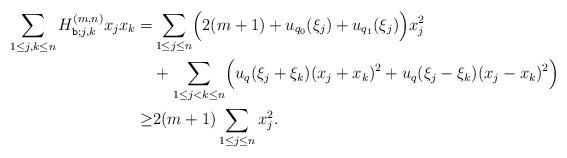
LaTeX: \begin{align*}\sum_{1\leq j,k\leq n} H^{(m,n)}_{\texttt{b};j,k} x_j x_k = & \sum_{1\leq j\leq n} \Bigl( 2(m+1)+ u_{q_0}(\xi_j) + u_{q_1}(\xi_j)\Bigr) x_j^2 \\&+ \sum_{1\leq j<k\leq n} \Bigl( u_q(\xi_j +\xi_k)(x_j+x_k)^2+ u_q(\xi_j -\xi_k)(x_j-x_k)^2\Bigr) \\ \ge & 2(m+1) \sum_{1\leq j\leq n} x_j^2.\end{align*}